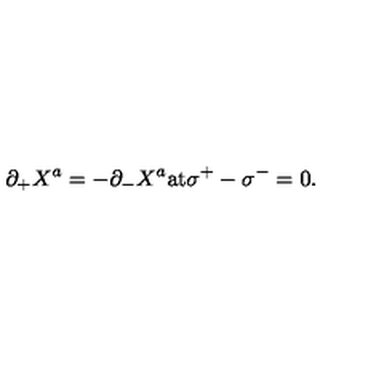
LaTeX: \partial _ { + } X ^ { a } = - \partial _ { - } X ^ { a } \mathrm { a t } \sigma ^ { + } - \sigma ^ { - } = 0 .